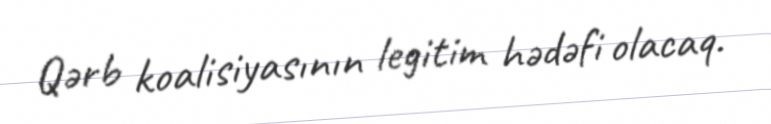
Qərb koalisiyasının legitim hədəfi olacaq.